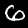
Digit: 6